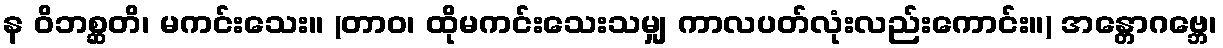
န ဝိဘစ္ဆတိ၊ မကင်းသေး။ (တာဝ၊ ထိုမကင်းသေးသမျှ ကာလပတ်လုံးလည်းကောင်း။) အန္တောဂဗ္ဘေ၊